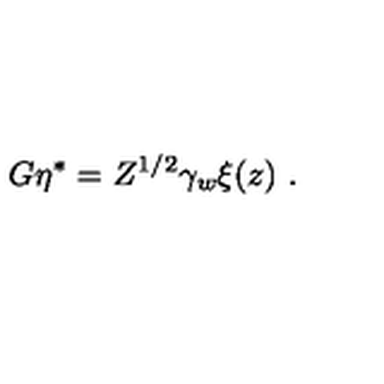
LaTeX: G \eta ^ { * } = Z ^ { 1 / 2 } \gamma _ { w } \xi ( z ) \ .